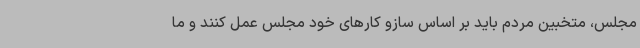
مجلس، متخبین مردم باید بر اساس سازو کارهای خود مجلس عمل کنند و ما